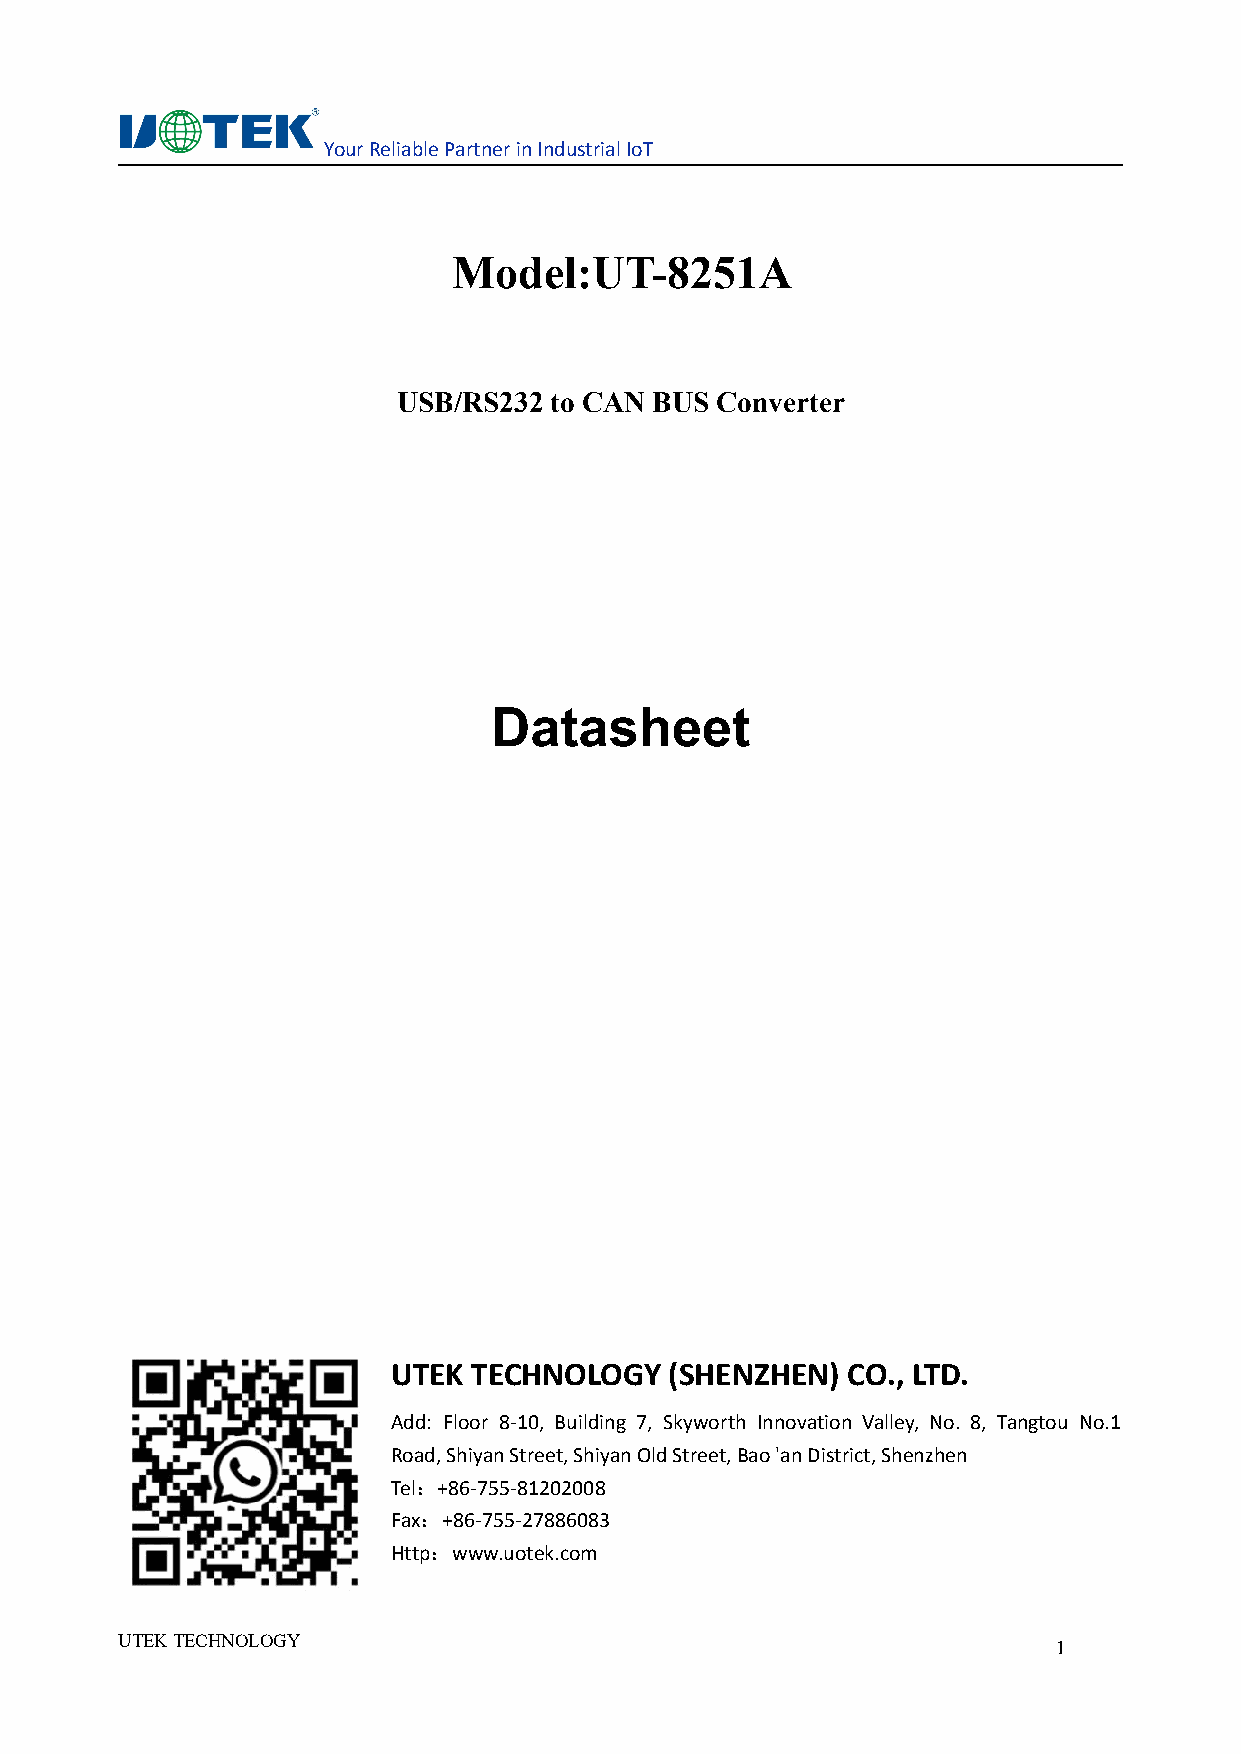
YourReliablePartnerinIndustrialIoT
 Model:UT-8251A
 USB/RS232 to CAN BUS Converter
 Datasheet
 UTEK TECHNOLOGY   (SHENZHEN)  CO., LTD.
 Add: Floor 8-10, Building 7, Skyworth Innovation Valley, No. 8, Tangtou No.1
 Road,ShiyanStreet,ShiyanOldStreet,Bao'anDistrict,Shenzhen
 Tel：+86-755-81202008
 Fax：+86-755-27886083
 Http：www.uotek.com
 UTEKTECHNOLOGY
 1